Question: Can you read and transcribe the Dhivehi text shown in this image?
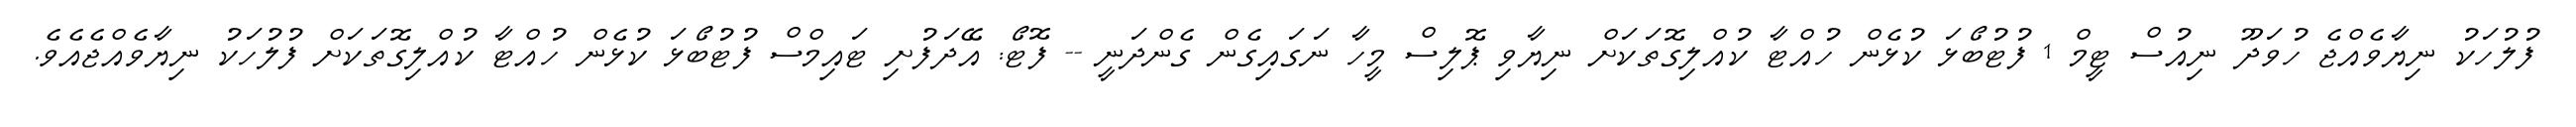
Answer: ފުލުހަކު ނިޔާވެއްޖެ ހުވަދޫ ނިއުސް ޓީމް 1 ފުޓުބޯޅަ ކުޅެން ހުއްޓާ ކުއްލިގޮތަކަށް ނިޔާވި ޕޮލިސް މީހާ ނަގައިގެން ގެންދަނީ -- ފޮޓޯ: އޭދަފުށި ޓައިމްސް ފުޓުބޯޅަ ކުޅެން ހުއްޓާ ކުއްލިގޮތަކަށް ފުލުހަކު ނިޔާވެއްޖެއެވެ.